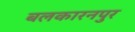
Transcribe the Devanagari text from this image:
बलकारनपुर